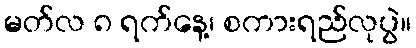
မတ်လ ၈ ရက်နေ့၊ စကားရည်လုပွဲ။